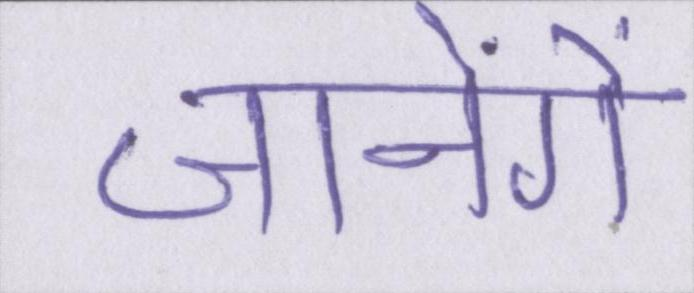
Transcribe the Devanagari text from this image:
जानेंगे